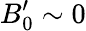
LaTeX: B_{0}^{\prime}\sim 0